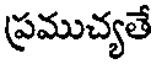
ప్రముచ్యతే